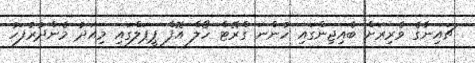
ޗައިނާގެ ވެރިރަށް ބެއިޖިންގައި ހުންނަ ގްރޭޓް ހޯލް އޮފް ޕީޕަލްގައި މިއަދު މެންދުރުފަހު